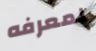
لمعرفه